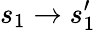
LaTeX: s_{1}\rightarrow s_{1}^{\prime}